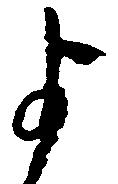
よ